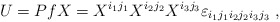
\begin{align*}U=PfX=X^{i_1j_1}X^{i_2j_2}X^{i_3j_3}\varepsilon_{i_1j_1i_2j_2i_3j_3} ~,\end{align*}